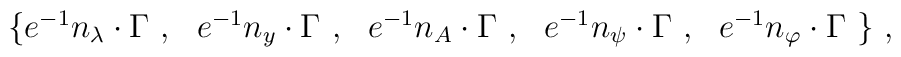
\begin{array}{l}\left\{ e^{-1}n_\lambda \cdot \Gamma ~,~~e^{-1}n_y\cdot \Gamma~,~~e^{-1}n_A\cdot \Gamma ~,~~e^{-1}n_\psi \cdot \Gamma ~,~~e^{-1}n_\varphi\cdot \Gamma ~\right\} \,,\end{array}